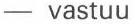
- vastuu